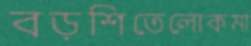
বড়শিতেলোকমা